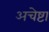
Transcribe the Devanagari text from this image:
अचेष्टा